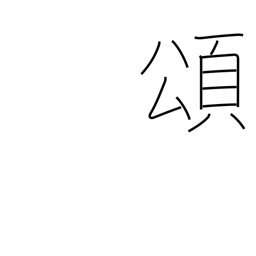
Meaning: eulogy